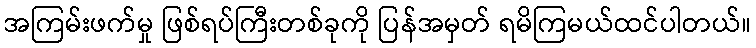
အကြမ်းဖက်မှု ဖြစ်ရပ်ကြီးတစ်ခုကို ပြန်အမှတ် ရမိကြမယ်ထင်ပါတယ်။